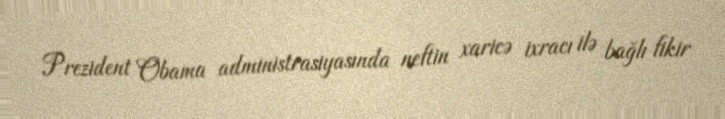
Prezident Obama administrasiyasında neftin xaricə ixracı ilə bağlı fikir